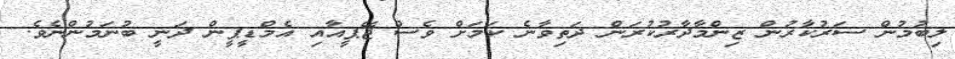
ލިބުމުން ސަރުކާރުން ޒިންމާދާރުކުރަން ދަތިވާނެ ކަމަށް ވެސް ޖޭޕީއާއި އެމްޑީޕީން ދަނީ ބުނަމުންނެވެ.